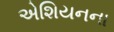
એશિયનના